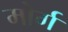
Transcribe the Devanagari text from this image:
मोर्ग